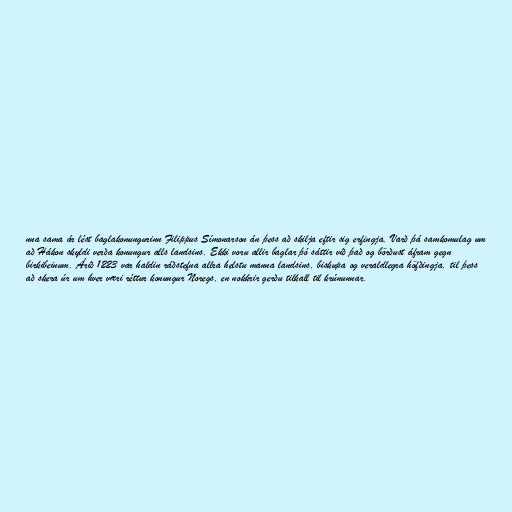
nna sama ár lést baglakonungurinn Filippus Símonarson án þess að skilja eftir sig erfingja. Varð þá samkomulag um
að Hákon skyldi verða konungur alls landsins. Ekki voru allir baglar þó sáttir við það og börðust áfram gegn
birkibeinum. Árið 1223 var haldin ráðstefna allra helstu manna landsins, biskupa og veraldlegra höfðingja, til þess
að skera úr um hver væri réttur konungur Noregs, en nokkrir gerðu tilkall til krúnunnar.